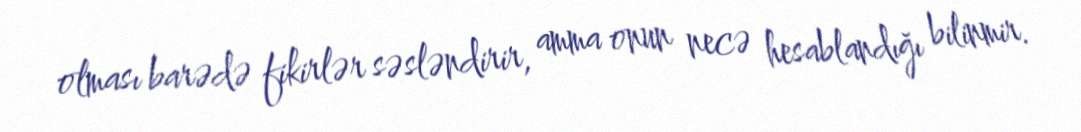
olması barədə fikirlər səsləndirir, amma onun necə hesablandığı bilinmir.